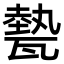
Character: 𤮅